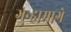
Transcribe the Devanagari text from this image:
गुन्हामागे